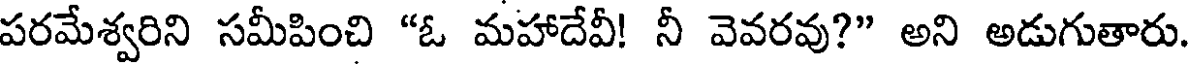
పరమేశ్వరిని సమీపించి "ఓ మహాదేవీ! నీ వెవరవు?" అని అడుగుతారు.